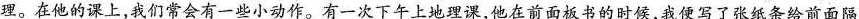
理。在他的上，我们常会有一些小动作。有一次下午上地理课，他在前面板书的时候，我便写了张纸条给前面隔